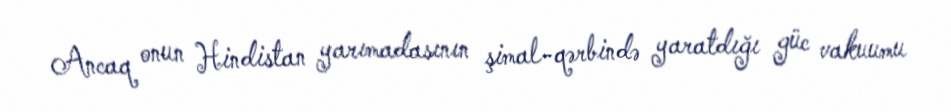
Ancaq onun Hindistan yarımadasının şimal-qərbində yaratdığı güc vakuumu